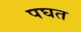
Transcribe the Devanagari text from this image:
पघत